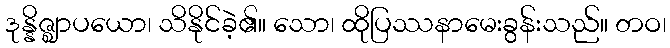
ဒုန္နိဇ္ဈာပယော၊ သိနိုင်ခဲ့၏။ သော၊ ထိုပြဿနာမေးခွန်းသည်။ တဝ၊